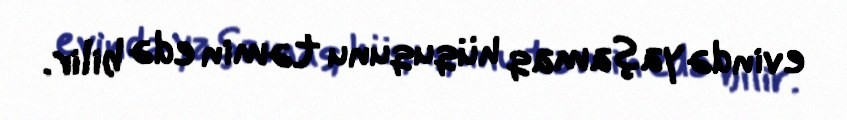
evində yaşamaq hüququnu təmin edə bilir.